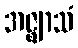
အဇ္ဈာသံ